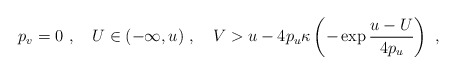
\begin{align*}p_v = 0\ ,\quad U \in (-\infty,u)\ , \quad V > u - 4p_u\kappa\left(-\exp\frac{u-U}{4p_u}\right)\ , \end{align*}